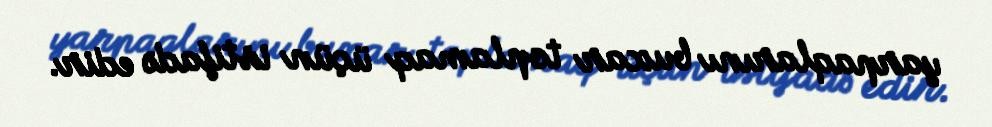
yarpaqlarını buxar toplamaq üçün istifadə edir.